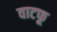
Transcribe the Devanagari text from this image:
वाटफू